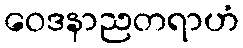
ဝေဒနာညတရာဟံ